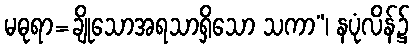
မဓုရာ=ချိုသောအရသာရှိသော သကာ”၊ နပုံလိန်၌